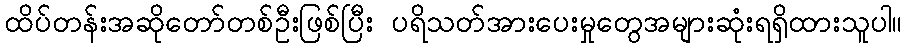
ထိပ်တန်းအဆိုတော်တစ်ဦးဖြစ်ပြီး ပရိသတ်အားပေးမှုတွေအများဆုံးရရှိထားသူပါ။